Scottish Leaving Certificate Examination, 1961
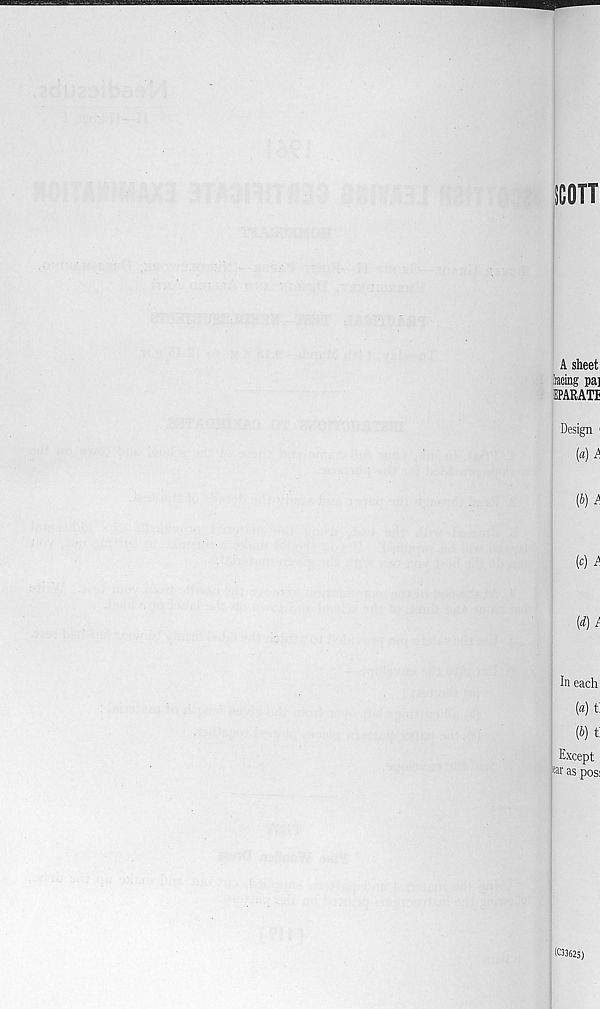
SCOTT
A sheet
iacing pa]
EPARATI
Design
(а) A
(б) A
( C )
(d)I
In each
(а) t:
(б)
Except
pt as pos:
IC3362S)